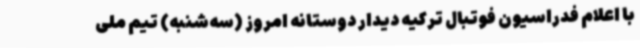
با اعلام فدراسیون فوتبال ترکیه دیدار دوستانه امروز (سه‌شنبه) تیم ملی